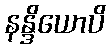
နန္ဒိယောပိ